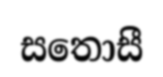
සතොසී